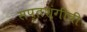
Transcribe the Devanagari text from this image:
सप्तशृंगीची